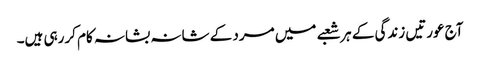
آج عورتیں زندگی کے ہر شعبے میں مرد کے شانہ بشانہ کام کررہی ہیں۔